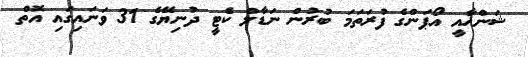
ޝަންހާއީ އޯޕަންގެ ފުރަތަމަ ބުރުން ނަޑާލް ކެޓީ ދުނިޔޭގެ 31 ވަނައިގައި އޮތް